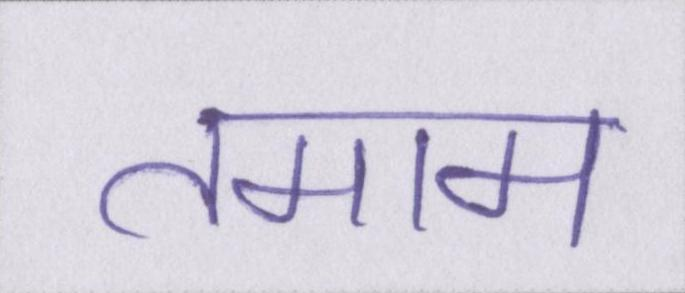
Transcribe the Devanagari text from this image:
तमाम